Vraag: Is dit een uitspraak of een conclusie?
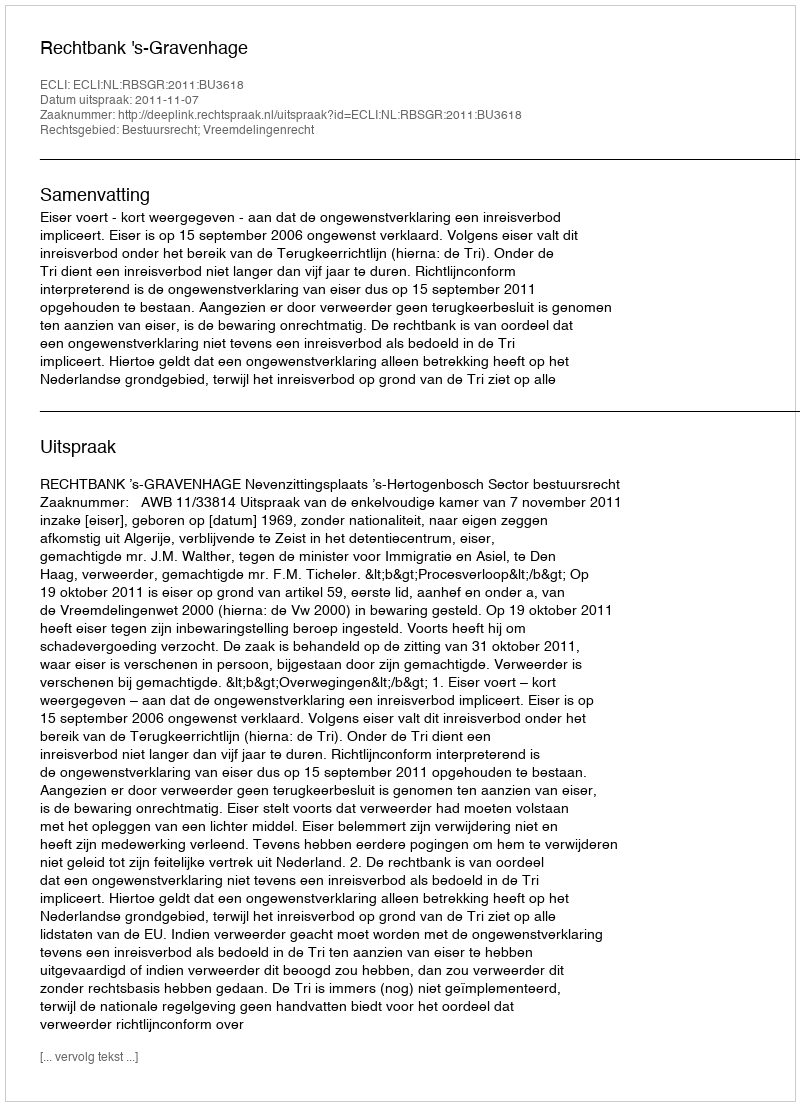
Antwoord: Uitspraak